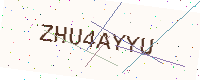
Text: ZHU4AYYU